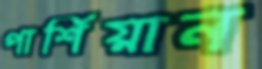
পার্শিয়ান